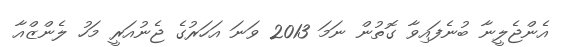
އެންޖެލީނާ ބުނެފައިވާ ގޮތުން ނަމަ 2013 ވަނަ އަހަރުގެ ޖެނުއަރީ މަހު ލެންޒްއާ